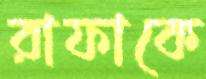
রাফাকে